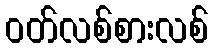
ဝတ်လစ်စားလစ်